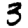
Digit: 3